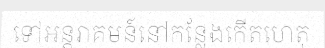
ទៅអន្តរាគមន៍នៅកន្លែងកើតហេតុ